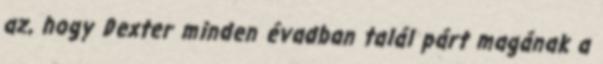
az, hogy Dexter minden évadban talál párt magának a